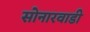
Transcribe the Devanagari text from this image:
सोनारवाडी